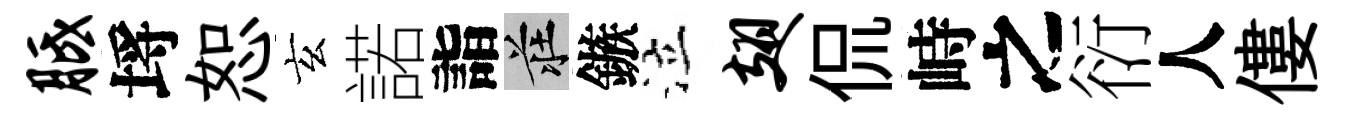
胝埓恕玄諾詣莊鏃泣翅侃峙之衍人僂